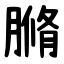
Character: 䐰